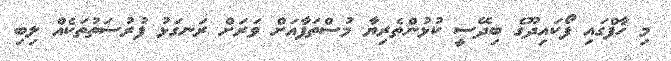
މި ހާފްގައި ފޯކައިދޫގެ ބިދޭސީ ކުޅުންތެރިޔާ މުސްތަފާއަށް ވަރަށް ރަނގަޅު ފުރުސަތުތަކެއް ލިބި